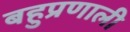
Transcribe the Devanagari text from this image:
बहुप्रणाली